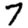
Digit: 7